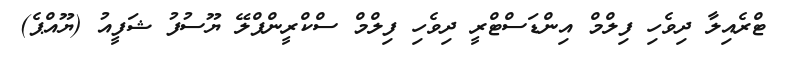
ޓްރެއިލާ ދިވެހި ފިލްމް އިންޑަސްޓްރީ ދިވެހި ފިލްމް ސްކްރީންޕްލޭ ޔޫސުފު ޝަފީއު (ޔޫއްޕެ)